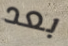
بعد